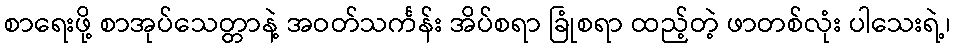
စာရေးဖို့ စာအုပ်သေတ္တာနဲ့ အဝတ်သင်္ကန်း အိပ်စရာ ခြုံစရာ ထည့်တဲ့ ဖာတစ်လုံး ပါသေးရဲ့၊